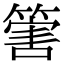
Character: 𥰶